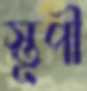
স্তূপী